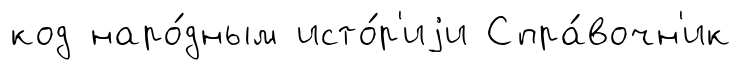
код наро́дным исто́р'иjи Спра́вочн'ик